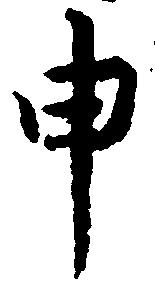
申